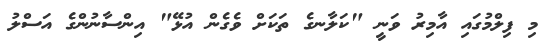
މި ފިލްމުގައި އާމިރު ވަނީ "ކަލާނގެ ތަކަށް ވެގެން އުޅޭ" އިންސާނުންގެ އަސްލު